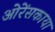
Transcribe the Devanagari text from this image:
ओरेंसकाया